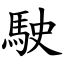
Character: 駛